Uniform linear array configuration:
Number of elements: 8
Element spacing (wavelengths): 0.75
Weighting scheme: hamming
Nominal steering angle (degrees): -15
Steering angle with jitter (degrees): -14.913
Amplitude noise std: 0.05
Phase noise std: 0.05

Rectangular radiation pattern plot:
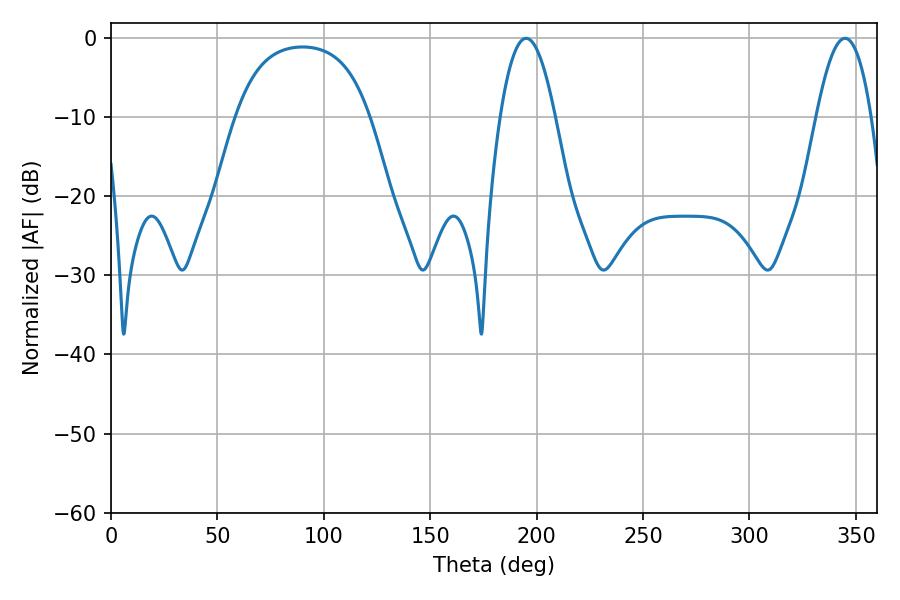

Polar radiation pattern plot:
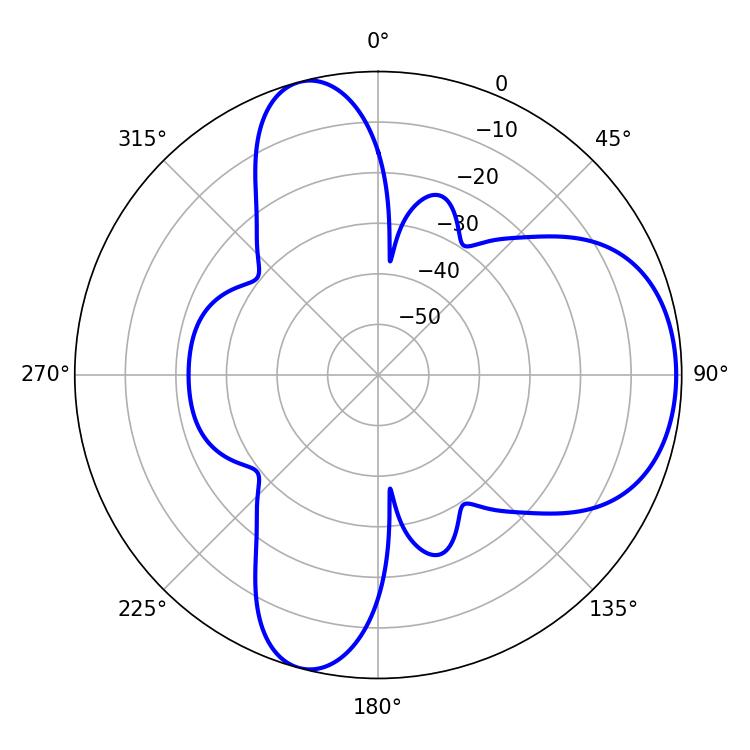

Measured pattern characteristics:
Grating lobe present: TRUE
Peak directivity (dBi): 6.833
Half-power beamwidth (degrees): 14.04
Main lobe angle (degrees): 195.12